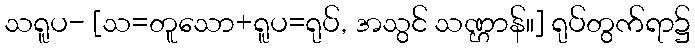
သရူပ- [သ=တူသော+ရူပ=ရုပ်, အသွင် သဏ္ဌာန်။] ရုပ်တွက်ရာ၌